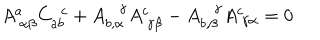
LaTeX: A _ { ~ \alpha \beta } ^ { a } C _ { a b } ^ { ~ ~ c } + A _ { b , \alpha } ^ { \gamma } A _ { ~ \gamma \beta } ^ { c } - A _ { b , \beta } ^ { \gamma } A _ { ~ \gamma \alpha } ^ { c } = 0